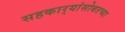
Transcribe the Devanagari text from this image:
सहकार्‍यांसोबतच्या